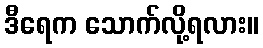
ဒီရေက သောက်လို့ရလား။